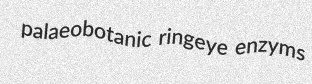
palaeobotanic ringeye enzyms